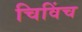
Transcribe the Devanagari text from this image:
चिविंच